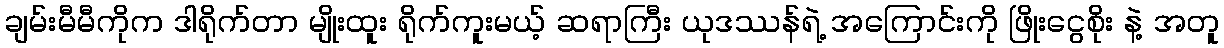
ချမ်းမီမီကိုက ဒါရိုက်တာ မျိုးထူး ရိုက်ကူးမယ့် ဆရာကြီး ယုဒဿန်ရဲ့ အကြောင်းကို ဖြိုးငွေစိုး နဲ့ အတူ